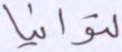
لتوانيا